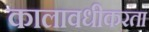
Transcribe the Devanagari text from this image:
कालावधीकरता